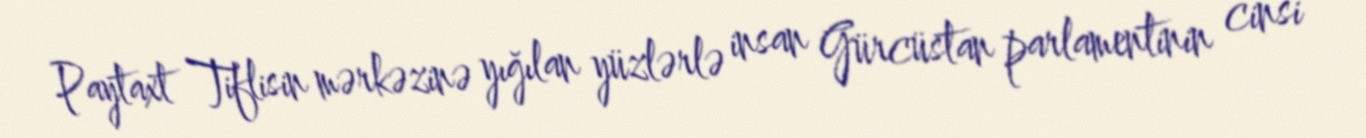
Paytaxt Tiflisin mərkəzinə yığılan yüzlərlə insan Gürcüstan parlamentinin cinsi